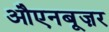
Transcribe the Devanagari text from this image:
औएनबूज़र